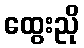
ထွေးညို